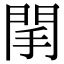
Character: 䦐